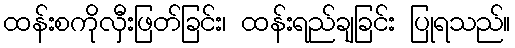
ထန်းစကိုလှီးဖြတ်ခြင်း၊ ထန်းရည်ချခြင်း ပြုရသည်။